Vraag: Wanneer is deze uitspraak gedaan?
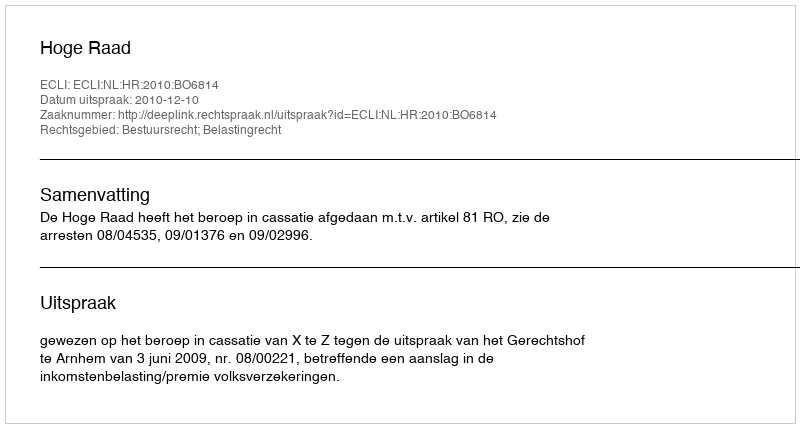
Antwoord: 2010-12-10